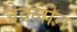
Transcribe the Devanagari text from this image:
जेक्लीन